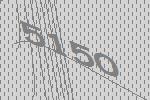
5150